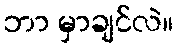
ဘာ မှာချင်လဲ။